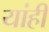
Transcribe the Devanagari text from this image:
यांही